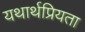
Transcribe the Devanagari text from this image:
यथार्थप्रियता